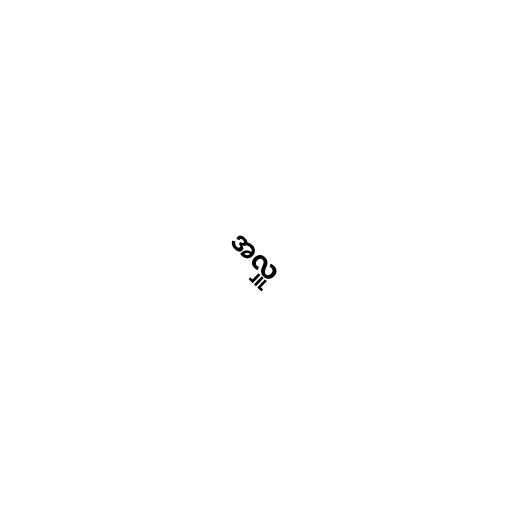
အလှူ